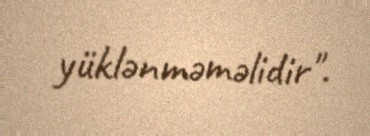
yüklənməməlidir".